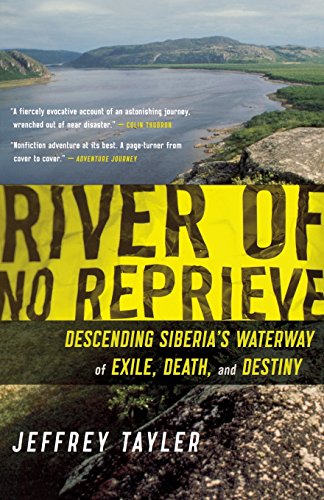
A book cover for River of No Reprieve: Descending Siberia's Waterway of Exile, Death, and Destiny; Jeffrey Tayler; Travel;